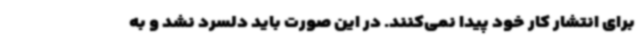
برای انتشار کار خود پیدا نمی‌کنند. در این صورت باید دلسرد نشد و به